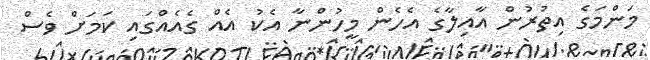
މަންމަގެ އިތުރުން އާއިލާގެ އެހެން މީހުންނާ އެކު އެއް ގެއެއްގައި ކަމަށް ވެސް